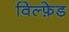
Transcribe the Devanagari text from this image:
विल्फ़ेड